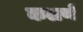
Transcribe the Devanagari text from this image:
कलणें